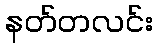
နတ်တလင်း